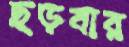
ছড়বার